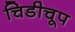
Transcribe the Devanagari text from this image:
चिडीचूप